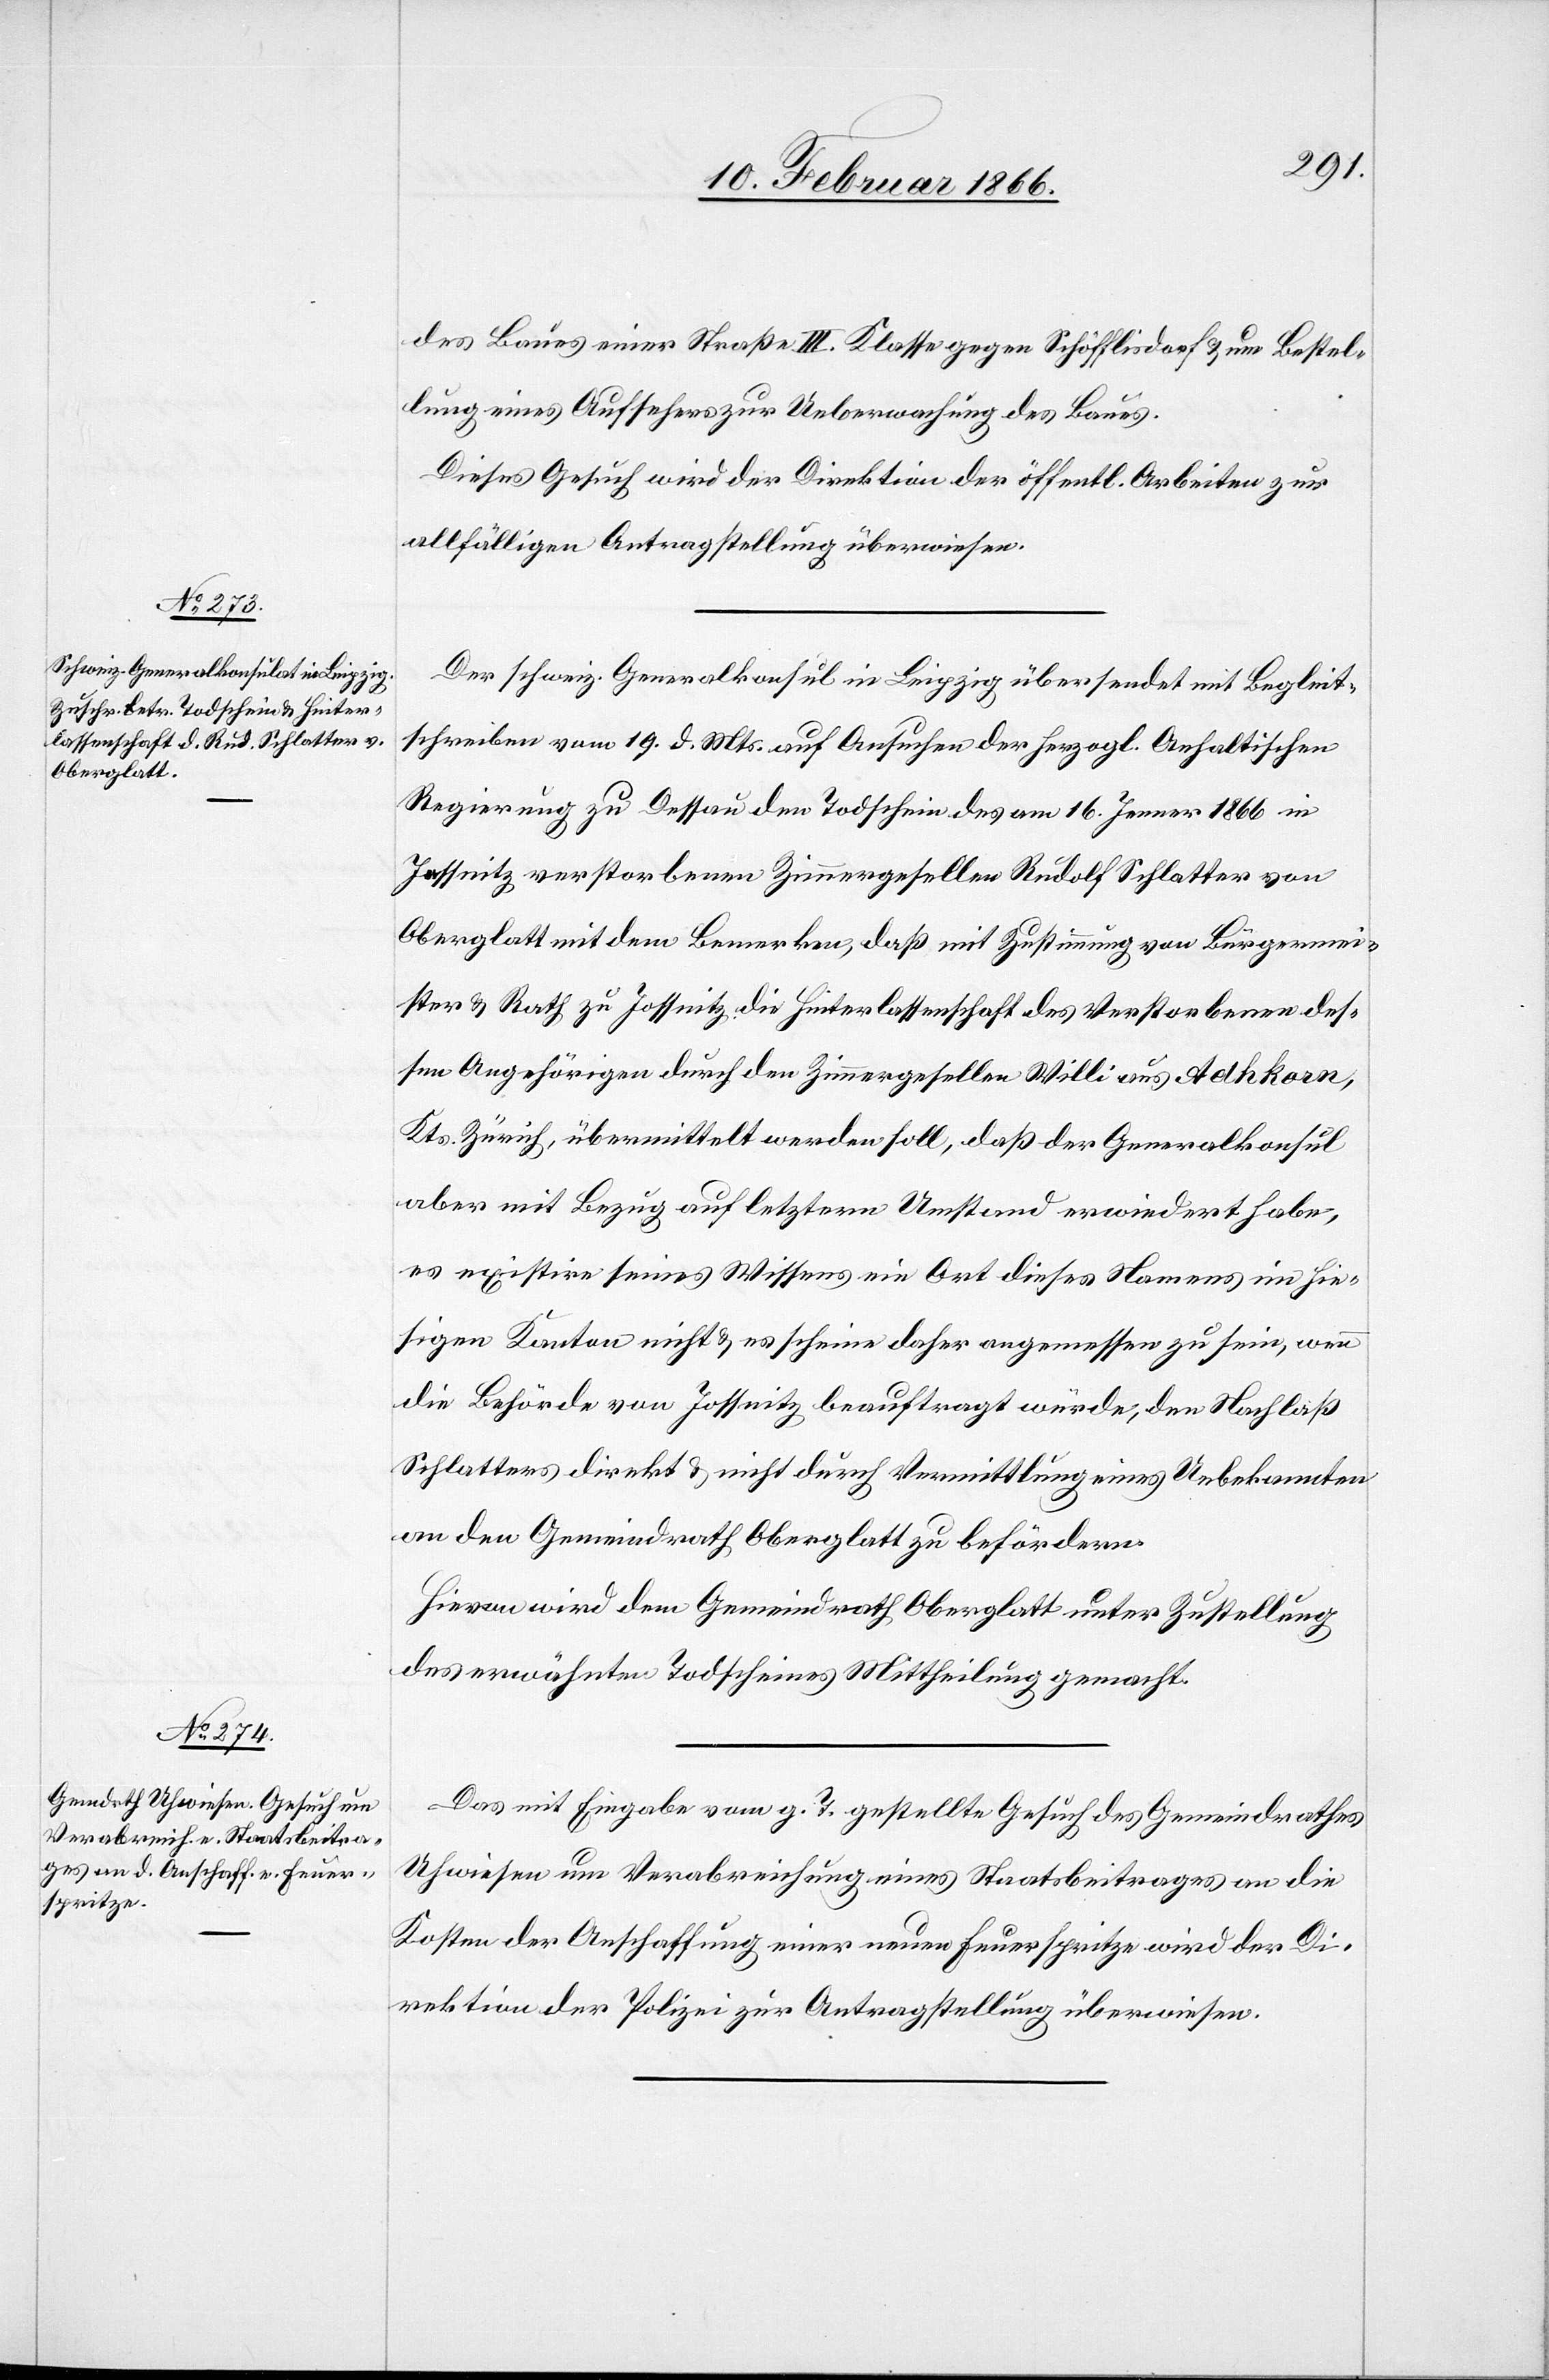
21. Februar 1866.]
des Baues einer Straße III. Klasse gegen Schöfflisdorf u. um Bestel¬
lung eines Aufsehers zur Ueberwachung des Baues.
Dieses Gesuch wird der Direktion der öffentl. Arbeiten zur
allfälligen Antragstellung überwiesen.
Der schweiz. Generalkonsul in Leipzig übersendet mit Begleit¬
schreiben vom 19. d. Mts. auf Ansuchen der herzogl. Anhaltischen
Regierung zu Dessau den Todschein des am 16. Jenner 1866 in
Jessnitz verstorbenen Zimmergesellen Rudolf Schlatter von
Oberglatt mit dem Bemerken, daß mit Zustimmung von Bürgermei¬
ster u. Rath zu Jossnitz [sic!] die Hinterlassenschaft des Verstorbenen des¬
sen Angehörigen durch den Zimmergesellen Willi aus Adhkorn,
Kts. Zürich, übermittelt werden soll, daß der Generalkonsul
aber mit Bezug auf letztern Umstand erwiedert habe,
es existiere seines Wissens ein Ort dieses Namens im hie¬
sigen Kanton nicht u. es scheine daher angemessen zu sein, wenn
die Behörde von Jossnitz beauftragt würde, den Nachlaß
Schlatters direkt u. nicht durch Vermittlung eines Unbekannten
an den Gemeindrath Oberglatt zu befördern.
Hievon wird dem Gemeindrath Oberglatt unter Zustellung
des erwähnten Todscheines Mittheilung gemacht.
Das mit Eingabe vom g. T. gestellte Gesuch des Gemeindrathes
Uhwiesen um Verabreichung eines Staatsbeitrages an die
Kosten der Anschaffung einer neuen Feuerspritze wird der Di¬
rektion der Polizei zur Antragstellung überwiesen.